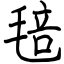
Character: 毰